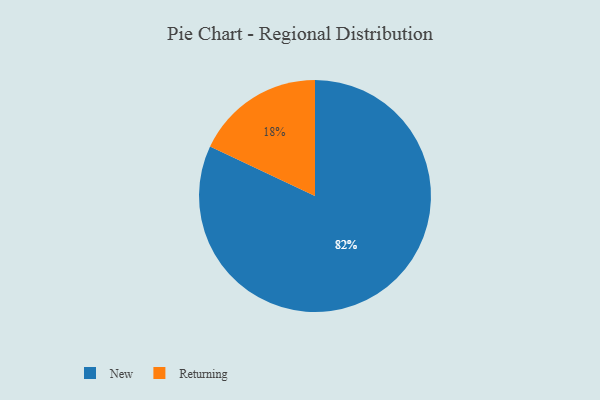
{"axis": {"x": "Category", "y": "Percentage"}, "legend": ["New", "Returning"], "data": [{"x": "New", "y": 82, "type": "New"}, {"x": "Returning", "y": 18, "type": "Returning"}]}